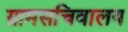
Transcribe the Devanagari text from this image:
ग्रामसचिवालय